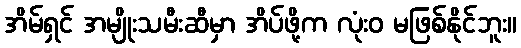
အိမ်ရှင် အမျိုးသမီးဆီမှာ အိပ်ဖို့က လုံးဝ မဖြစ်နိုင်ဘူး။